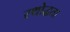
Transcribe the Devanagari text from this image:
रथोद्धता